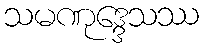
သမဏုဒ္ဒေသဿ